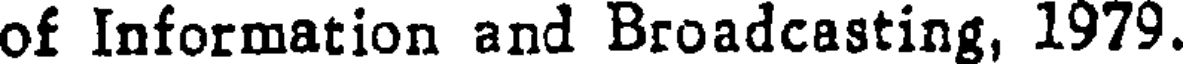
of Information and Broadcasting, 1979.